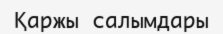
Қаржы салымдары